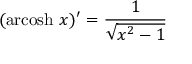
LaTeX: ( \operatorname { a r c o s h } \, x ) ^ { \prime } = { \frac { 1 } { \sqrt { x ^ { 2 } - 1 } } }